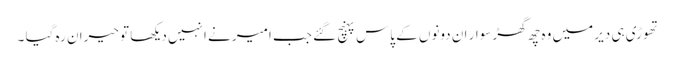
تھوڑی ہی دیر میں وہ چھ گھڑ سوار ان دونوں کے پاس پہنچ گئے جب امیر نے انہیں دیکھا تو حیران رہ گیا ۔